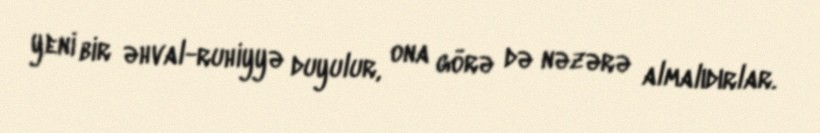
yeni bir əhval-ruhiyyə duyulur, ona görə də nəzərə almalıdırlar.